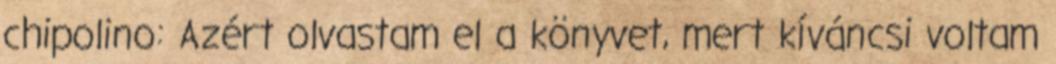
chipolino: Azért olvastam el a könyvet, mert kíváncsi voltam